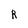
Character: R